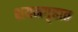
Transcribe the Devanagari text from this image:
शयनगृहात